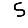
Digit: 5